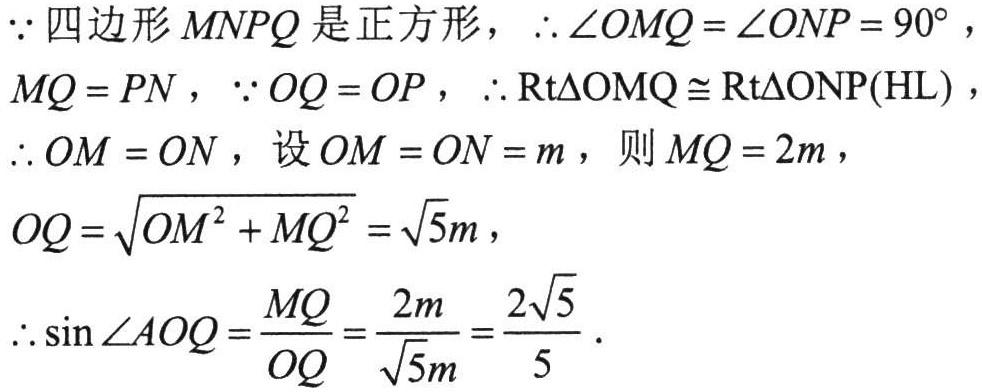
$\because$四边形$MNPQ$是正方形，$\therefore \angle OMQ=\angle ONP = 90^{\circ}$，
$MQ = PN$，$\because OQ = OP$，$\therefore \mathrm{Rt}\triangle \mathrm{OMQ}\cong\mathrm{Rt}\triangle \mathrm{ONP}(\mathrm{HL})$，
$\therefore OM = ON$，设$OM = ON = m$，则$MQ = 2m$，
$OQ=\sqrt{OM^{2}+MQ^{2}}=\sqrt{5}m$，
$\therefore \sin\angle AOQ=\frac{MQ}{OQ}=\frac{2m}{\sqrt{5}m}=\frac{2\sqrt{5}}{5}.$